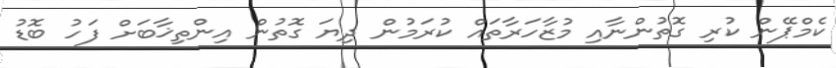
ކެމްޕޭން ކުރި ގޮތުންނާއި މުޒާހަރާތައް ކުރަމުން ދިޔަ ގޮތުން އިންތިޚާބަށް ފަހު ބޮޑު